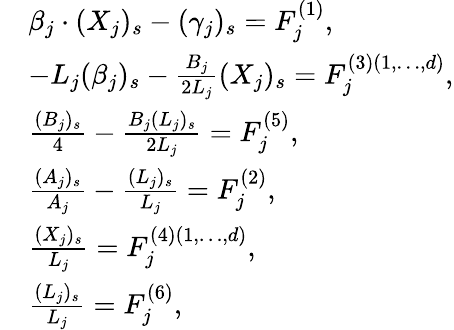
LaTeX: \begin{array}{rl}&{\beta_{j}\cdot(X_{j})_{s}-(\gamma_{j})_{s}=F_{j}^{(1)},}\\ &{-L_{j}(\beta_{j})_{s}-\frac{B_{j}}{2L_{j}}(X_{j})_{s}=F_{j}^{(3)(1,\dots,d)},}\\ &{\frac{(B_{j})_{s}}{4}-\frac{B_{j}(L_{j})_{s}}{2L_{j}}=F_{j}^{(5)},}\\ &{\frac{(A_{j})_{s}}{A_{j}}-\frac{(L_{j})_{s}}{L_{j}}=F_{j}^{(2)},}\\ &{\frac{(X_{j})_{s}}{L_{j}}=F_{j}^{(4)(1,\dots,d)},}\\ &{\frac{(L_{j})_{s}}{L_{j}}=F_{j}^{(6)},}\end{array}